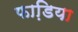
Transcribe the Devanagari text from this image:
फाडि़या